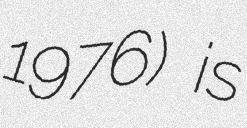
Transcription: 1976) is